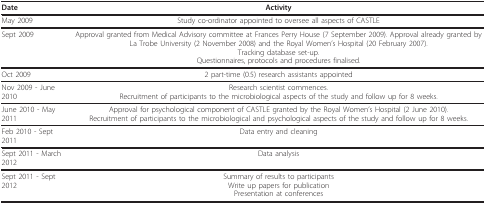
<table><thead><tr><td><b>Date</b></td><td><b>Activity</b></td></tr></thead><tbody><tr><td>May 2009</td><td>Study co-ordinator appointed to oversee all aspects of CASTLE</td></tr><tr><td>Sept 2009</td><td>Approval granted from Medical Advisory committee at Frances Perry House (7 September 2009). Approval already granted by La Trobe University (2 November 2008) and the Royal Women&#x27;s Hospital (20 February 2007).Tracking database set-up.Questionnaires, protocols and procedures finalised.</td></tr><tr><td>Oct 2009</td><td>2 part-time (0.5) research assistants appointed</td></tr><tr><td>Nov 2009 - June 2010</td><td>Research scientist commences.Recruitment of participants to the microbiological aspects of the study and follow up for 8 weeks.</td></tr><tr><td>June 2010 - May 2011</td><td>Approval for psychological component of CASTLE granted by the Royal Women&#x27;s Hospital (2 June 2010).Recruitment of participants to the microbiological and psychological aspects of the study and follow up for 8 weeks.</td></tr><tr><td>Feb 2010 - Sept 2011</td><td>Data entry and cleaning</td></tr><tr><td>Sept 2011 - March 2012</td><td>Data analysis</td></tr><tr><td>Sept 2011 - Sept 2012</td><td>Summary of results to participantsWrite up papers for publicationPresentation at conferences</td></tr></tbody></table>